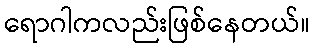
ရောဂါကလည်းဖြစ်နေတယ်။